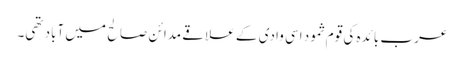
عرب بائدہ کی قوم ثمود اسی وادی کے علاقے مدائن صالح میں آباد تھی۔